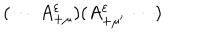
( \cdots \: A _ { + \mu } ^ { \varepsilon } ) ( A _ { + \mu ^ { \prime } } ^ { \varepsilon } \: \cdots )